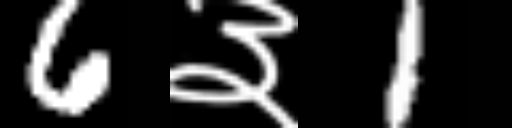
Text: 6३1